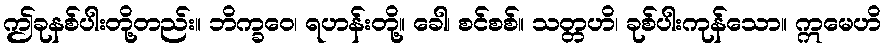
ဤခုနစ်ပါးတို့တည်း။ ဘိက္ခဝေ၊ ရဟန်းတို့။ ခေါ၊ စင်စစ်။ သတ္တဟိ၊ ခုစ်ပါးကုန်သော။ ဣမေဟိ